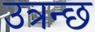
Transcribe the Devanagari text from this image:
उत्रन्छ